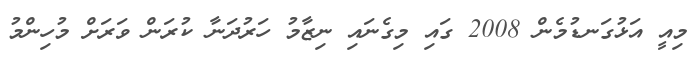
މިއީ އަޅުގަނޑުމެން 2008 ގައި މިގެނައި ނިޒާމު ހަރުދަނާ ކުރަން ވަރަށް މުހިންމު